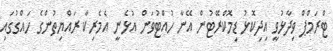
ޓްރަމްޕް ވިދާޅުވީ އިދިކޮޅު ޑިމޮކްރޭޓުން އޭނާ ހުއްޓުވަން އުޅެނީ އެމެރިކާ ރައްޔިތުންގެ ހައްގުގައި